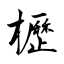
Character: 櫪